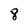
Character: 8